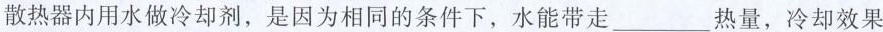
散热器内用水做冷却剂，是因为相同的条件下，水能带走___热量，冷却效果